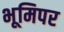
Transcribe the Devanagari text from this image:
भूमिपर